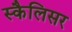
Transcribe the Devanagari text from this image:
स्कैलिसर